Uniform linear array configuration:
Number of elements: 16
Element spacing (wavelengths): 0.5
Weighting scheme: hamming
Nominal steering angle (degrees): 45
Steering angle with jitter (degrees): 46.407
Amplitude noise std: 0.05
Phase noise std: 0.05

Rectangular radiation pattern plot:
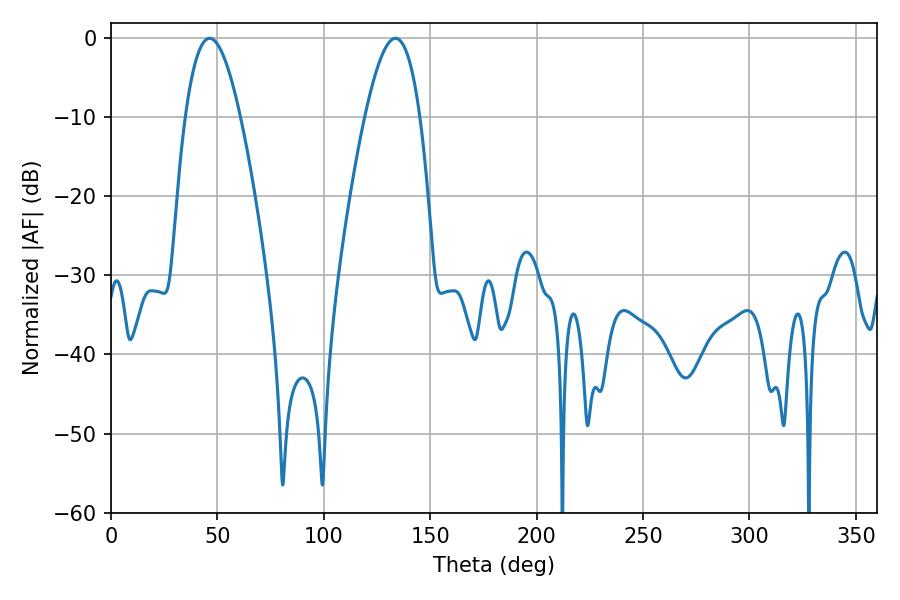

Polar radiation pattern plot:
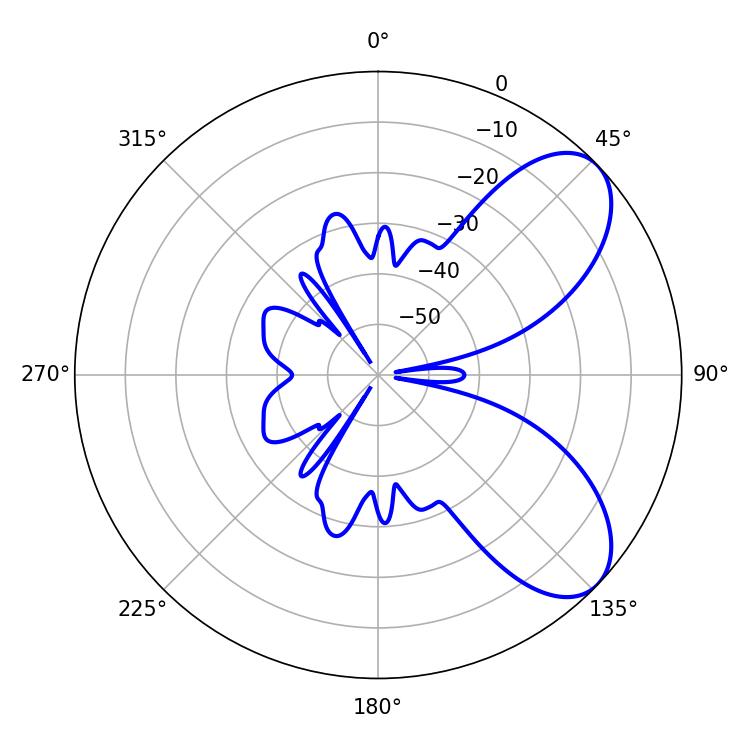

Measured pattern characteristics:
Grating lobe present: FALSE
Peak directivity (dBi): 7.131
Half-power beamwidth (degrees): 14.04
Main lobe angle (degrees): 46.26